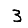
Digit: 3